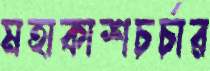
মহাকাশচর্চার